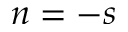
n = - s